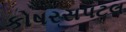
કોષરસપટલ